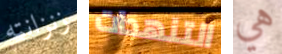
زنزانته التنهدات هي